Senior Leaving Certificate Examination (including Day School Certificate (Higher) General paper), 1950
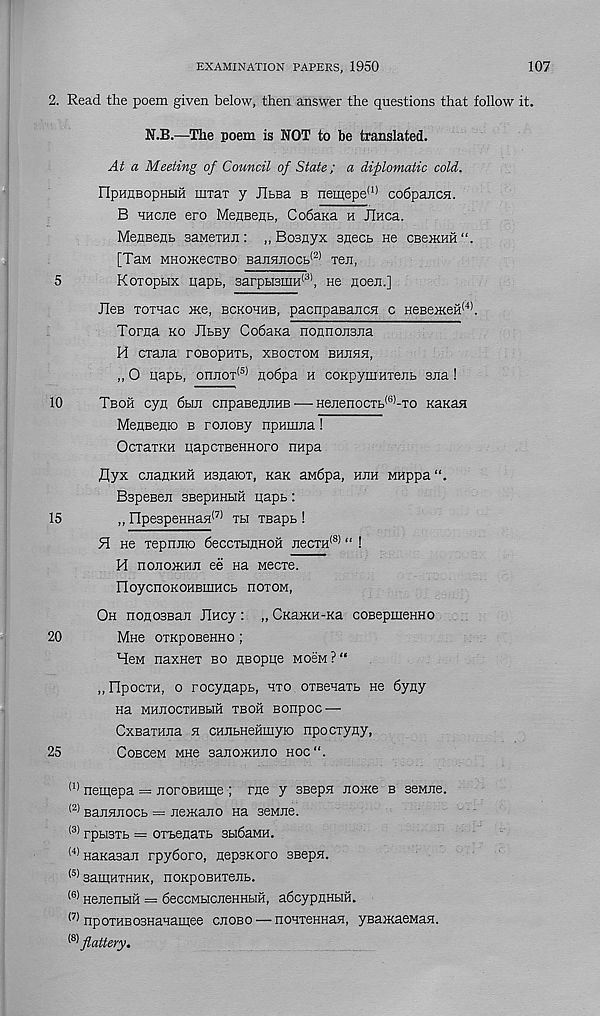
EXAMINATION PAPERS, 1950
107
2. Read the poem given below, then answer the questions that follow it.
N.B.—The poem is NOT to be translated.
At a Meeting of Council of State; a diplomatic cold.
FIpHUBopHHH iirrax y JIbBa b nem;epe (1) codpajicn.
B HHCiie ero MenseHB, CodaKa h Jlnca.
MeaBenB saMeTHii: ,, Bosiiyx 3necb ne CBeiKHH
[TaM MHoxcecTBO Baji5mocb (2) Ten,
5
Koxopbix papb, BarpbismH 13 ’, He floen.]
JIgb ToiHac xce, bckohhb, pacnpaBancH c HeBeiKeH (4) .
Toma ko RbBy CodaKa nonnonsna
H CTana roBopHTb, xbocxom bhjihh,
„ 0 uapb, onnox (5) nodpa h coKpymHxeiib sna !
10
Tboh cyn dun cnpaBennHB — Henenocxb (6) -xo KaxaH
MeiiBenio b ronoBy npumna !
OcxaxKH papcxBeHHOro nnpa
flyx cnaflKHH Hsnaiox, Kan awdpa, hem MHppa“.
BspeBen SBepHHUH papb:
15
„ npe3peHHan (7) xu xsapb !
9[ He xepnnio deccxbiflHOH necxH (S) “ !
H nononiHn ee Ha Mecxe.
noycnoKOHBiEHCb HOXOM,
Oh nonosBan Jlncy : „ CKaiKH-Ka coBepmenHO
20
Mhb oxKpOBeHHO ;
Hew naxnex bo HBOppe MoeM?“
,, npocxH, o rocyaapb, hxo oxBenaxb ne dyny
Ha MHEOCXHBblH XBOH BOHpOC —
CxBaxHna e cHEbHeiimyio npocxyny,
25
COBCeM MH6 3aE0>KHE0 hoc “.
(1) nemepa = noroBHirte ; rne y 3BepH nome b seMne.
<2) BaEEEOCb = EeiKano na seMne.
(3) rpbisxb = oxx>enaxb sbidaMH.
(4) HaKasan rpydoro, nepsKoro sBepn.
(5) samnxHHK, noKpoBHxenb.
(6) HenenuH = deccMbicneHHbiH, adcypEHbiH.
^ npoxHEOSHanamee ceobo — nonxenHasi, ysaiKaeMaH.
^flattery.